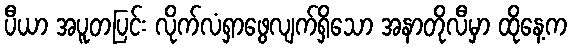
ပီယာ အပူတပြင်း လိုက်လံရှာဖွေလျက်ရှိသော အနာတိုလီမှာ ထိုနေ့က